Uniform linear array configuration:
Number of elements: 8
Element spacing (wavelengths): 0.25
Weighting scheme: binomial
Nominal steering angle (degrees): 0
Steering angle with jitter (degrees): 1.255
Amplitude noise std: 0.05
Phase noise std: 0.05

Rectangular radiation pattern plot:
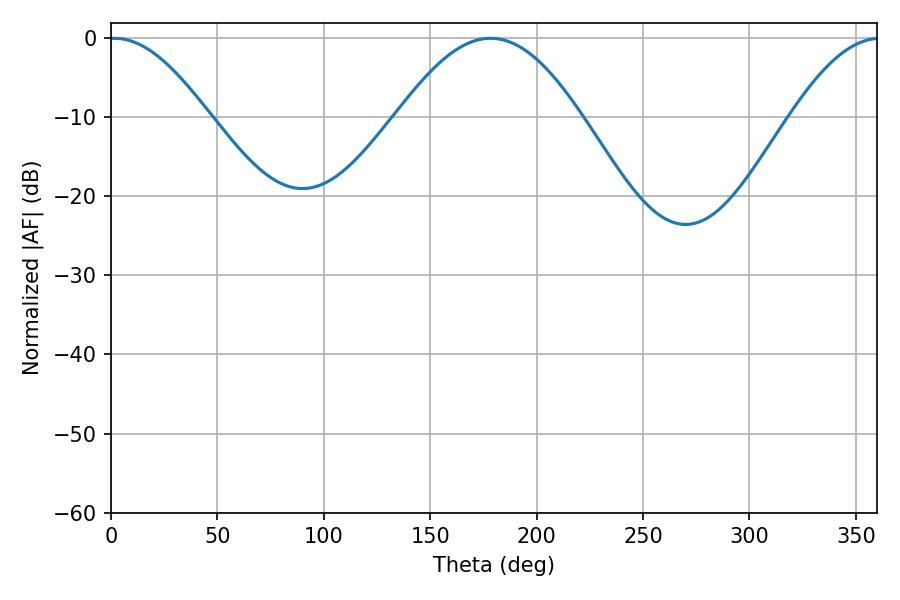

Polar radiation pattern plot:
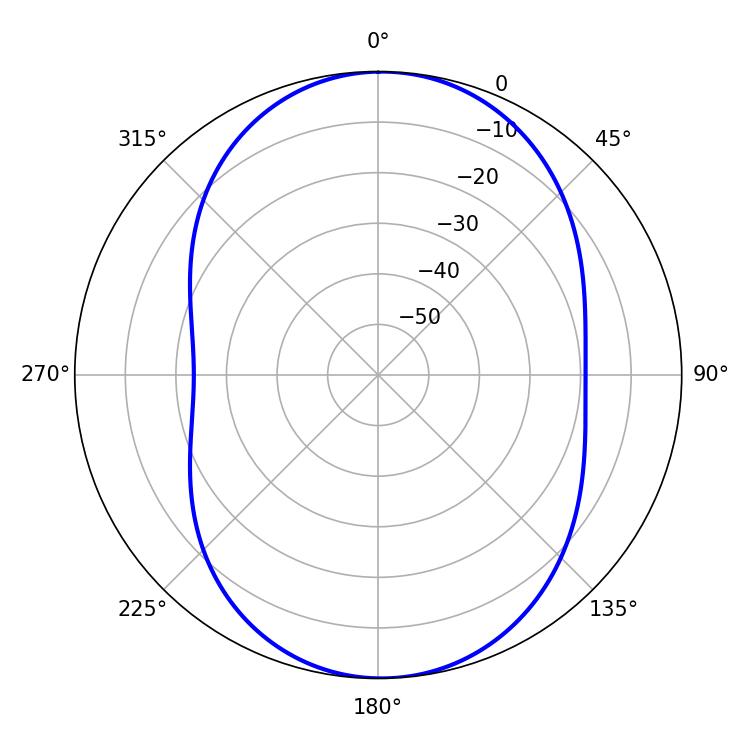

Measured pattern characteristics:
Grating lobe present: FALSE
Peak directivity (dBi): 14.269
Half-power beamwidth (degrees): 25.2
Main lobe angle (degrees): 1.62